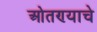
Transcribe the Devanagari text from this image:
ओतण्याचे